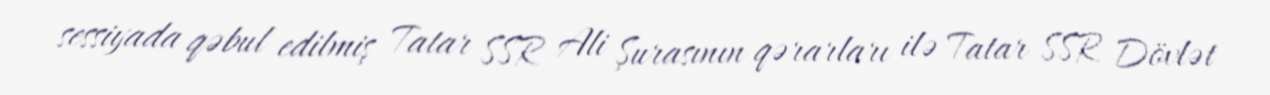
sessiyada qəbul edilmiş Tatar SSR Ali Şurasının qərarları ilə Tatar SSR Dövlət